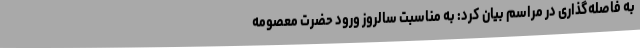
به فاصله‌گذاری در مراسم بیان کرد: به مناسبت سالروز ورود حضرت معصومه